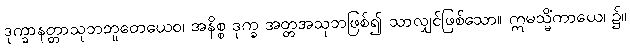
ဒုက္ခာနတ္တာသုဘဘူတေယေဝ၊ အနိစ္စ ဒုက္ခ အတ္တအသုဘဖြစ်၍ သာလျှင်ဖြစ်သော။ ဣမသ္မိံကာယေ၊ ၌။